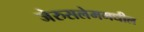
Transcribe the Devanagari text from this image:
जेरुसलेममधील